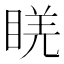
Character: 𥇉